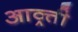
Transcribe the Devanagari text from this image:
आव्र्त्ती